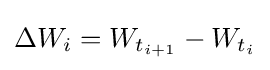
\Delta W_{i}=W_{t_{i+1}}-W_{t_{i}}